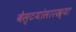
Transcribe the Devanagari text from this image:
बेस्टयांसारख्या